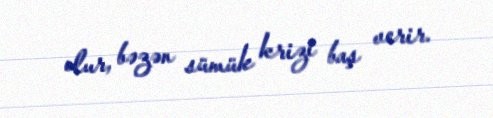
olur, bəzən sümük krizi baş verir.